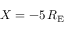
X = - 5 \, R _ { \mathrm { E } }